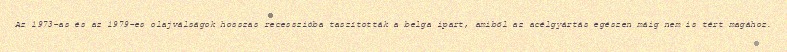
Az 1973-as és az 1979-es olajválságok hosszas recesszióba taszították a belga ipart, amiből az acélgyártás egészen máig nem is tért magához.